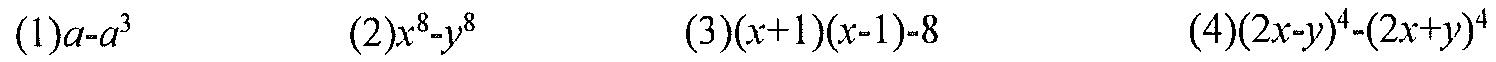
(1)\(a - a^{3}\)  (2)\(x^{8}-y^{8}\)  (3)\((x + 1)(x - 1)-8\)  (4)\((2x - y)^{4}-(2x + y)^{4}\)